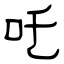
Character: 吒